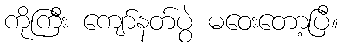
ကိုကြီး ကျော်နတ်ပွဲ မဝေးတော့ပြီ။